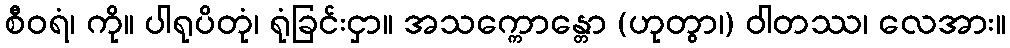
စီဝရံ၊ ကို။ ပါရုပိတုံ၊ ရုံခြင်းငှာ။ အသက္ကောန္တော (ဟုတွာ၊) ဝါတဿ၊ လေအား။